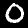
Digit: 0